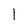
Character: l